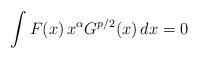
LaTeX: \begin{align*} \int F(x)\,x^\alpha G^{p/2}(x)\,dx=0\ \end{align*}